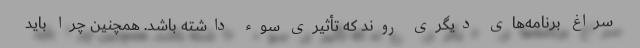
سراغ برنامه‌های دیگری روند که تأثیری سوء داشته باشد. همچنین چرا باید